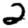
Digit: 2